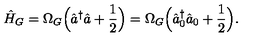
\hat { H } _ { G } = \Omega _ { G } \Bigl ( \hat { a } ^ { \dagger } \hat { a } + \frac { 1 } { 2 } \Bigr ) = \Omega _ { G } \Bigl ( \hat { a } _ { 0 } ^ { \dagger } \hat { a } _ { 0 } + \frac { 1 } { 2 } \Bigr ) .